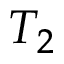
T _ { 2 }